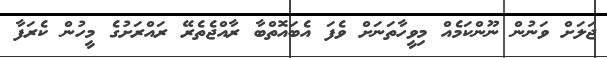
ޖަލަށް ވަނުން ނޫންކަމެއް މިވީހާތަނަށް ވެފަ އެބައޮތްބާ ރާއްޖެތެރޭ ރައްރަށުގެ މީހުން ކެރަފާ